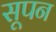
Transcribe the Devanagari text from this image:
सूपन